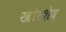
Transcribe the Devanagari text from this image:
खोरशेद